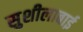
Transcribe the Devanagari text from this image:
सुशीलाबाई